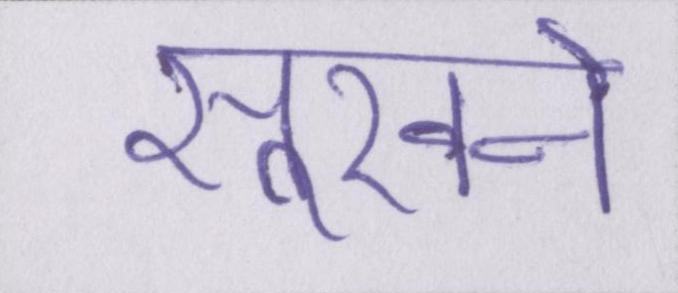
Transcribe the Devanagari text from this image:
सूखने